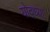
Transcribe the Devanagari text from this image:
योद्ध्या